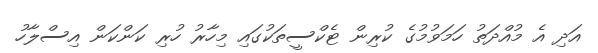
އަދި އެ މުއްދަތު ހަމަވުމުގެ ކުރިން ޓެކްސީތަކުގައި މިހާރު ހުރި ކަންކަން އިސްލާހު